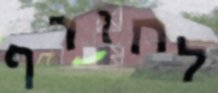
לחורף